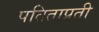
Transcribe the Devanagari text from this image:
पतिताप्रती